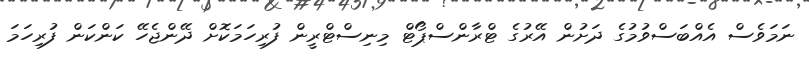
ނަމަވެސް އެއްބަސްވުމުގެ ދަށުން އޭރުގެ ޓްރާންސްޕޯޓް މިނިސްޓްރީން ފުރިހަމަކޮށް ދޭންޖެހޭ ކަންކަން ފުރިހަމަ